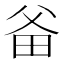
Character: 𤱇